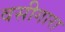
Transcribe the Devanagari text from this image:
वसीगारा